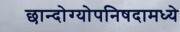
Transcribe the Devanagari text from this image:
छान्दोग्योपनिषदामध्ये